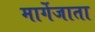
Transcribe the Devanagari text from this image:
मार्गेजाता